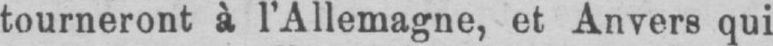
tourneront à l’Allemagne, et Anvers qui